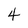
Character: 4